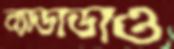
ব্যাডাডাও